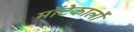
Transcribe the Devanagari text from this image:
मोंटेकार्लो